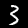
Label: 3